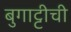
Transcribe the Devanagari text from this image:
बुगाट्टीची